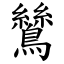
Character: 鷥